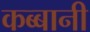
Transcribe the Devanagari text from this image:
कब्बानी